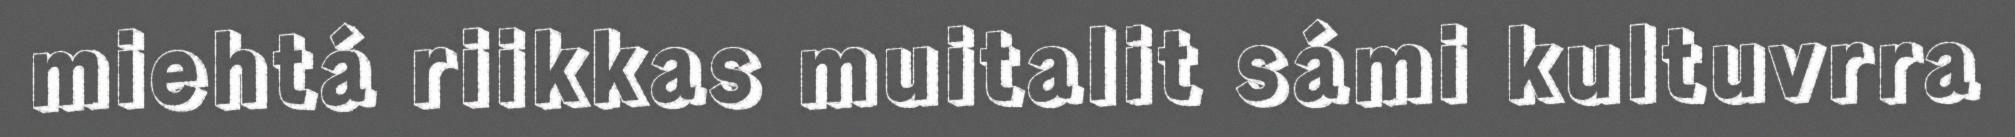
miehtá riikkas muitalit sámi kultuvrra